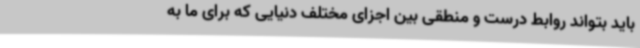
باید بتواند روابط درست و منطقی بین اجزای مختلف دنیایی که برای ما به